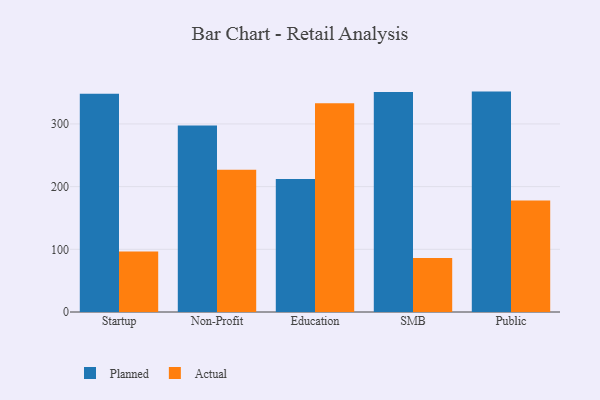
{"axis": {"x": "Segment", "y": "Budget (USD K)"}, "legend": ["Actual", "Planned"], "data": [{"x": "Startup", "y": 348.2, "type": "Planned"}, {"x": "Startup", "y": 96.7, "type": "Actual"}, {"x": "Non-Profit", "y": 297.4, "type": "Planned"}, {"x": "Non-Profit", "y": 227.1, "type": "Actual"}, {"x": "Education", "y": 212.3, "type": "Planned"}, {"x": "Education", "y": 333.2, "type": "Actual"}, {"x": "SMB", "y": 351.1, "type": "Planned"}, {"x": "SMB", "y": 86.2, "type": "Actual"}, {"x": "Public", "y": 351.6, "type": "Planned"}, {"x": "Public", "y": 177.8, "type": "Actual"}]}